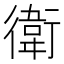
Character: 衛